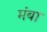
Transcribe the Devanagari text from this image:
मंबा